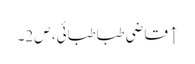
↑ قاضی طباطبائی، ص 2۔